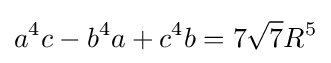
a^{4}c-b^{4}a+c^{4}b=7{\sqrt {7}}R^{5}